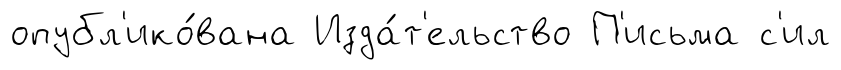
опубл'ико́вана Изда́т'ельство П'исьма с'ил